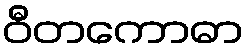
ဝီတကောဓာ